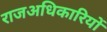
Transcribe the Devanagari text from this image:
राजअधिकारियों